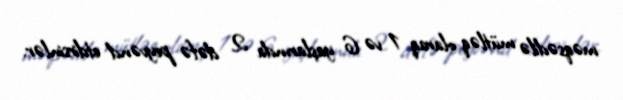
məqsədilə mütləq olaraq 1 və 6 yaşlarında 2 dəfə peyvənd etdirsinlər.